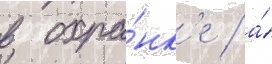
в охра́нк'е / а́